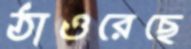
ঠাওরেছে